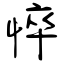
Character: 悴